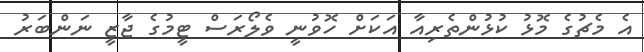
އެ މެޗުގެ މޮޅު ކުޅުންތެރިއާ އަކަށް ހޮވުނީ ވެލޯރަސް ޓީމުގެ ޖާޒީ ނަންބަރު